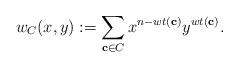
LaTeX: \begin{align*}w_C (x,y) := \sum_{\mathbf{c} \in C} x^{n- wt(\mathbf{c})} y^{wt(\mathbf{c})}.\end{align*}